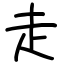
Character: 走